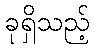
ခုရှိသည့်